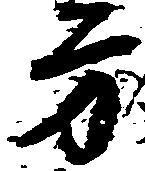
方